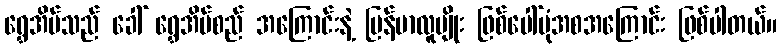
ရွှေအိမ်သည် ခေါ် ရွှေအိမ်စည် အကြောင်းနဲ့ မြန်မာလူမျိုး ဖြစ်ပေါ်ပုံအစအကြောင်း ဖြစ်ပါတယ်။